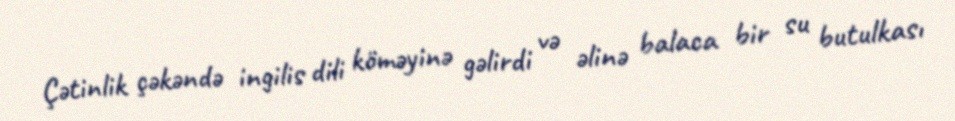
Çətinlik çəkəndə ingilis dili köməyinə gəlirdi və əlinə balaca bir su butulkası